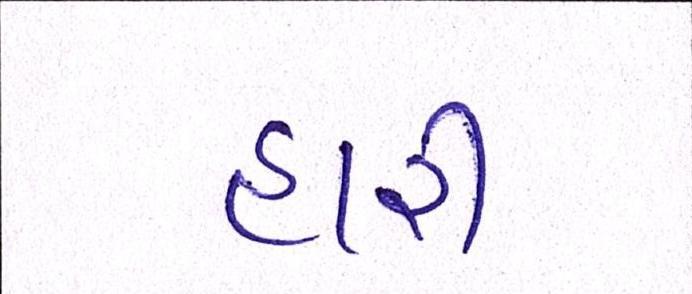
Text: હારી